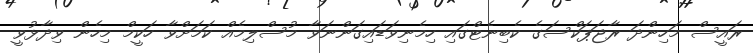
ރައީސް މަހިންދަ ރާޖަޕަކްސަގެ ކެބިނެޓްގައި ހިމެނިވަޑައިގަންނަވާ މުސްލިމެއް ކަމަށްވާ ހަކީމް މިހެން ވިދާޅުވީ